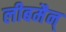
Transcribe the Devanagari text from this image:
लीबमैन्